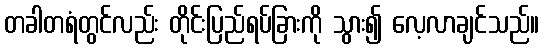
တခါတရံတွင်လည်း တိုင်းပြည်ရပ်ခြားကို သွား၍ လေ့လာချင်သည်။